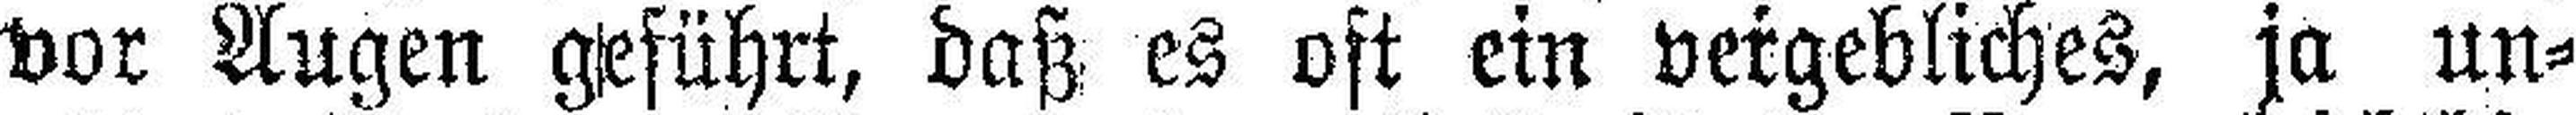
vor Augen geführt, daß es oft ein vergebliches, ja un¬